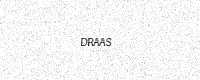
Text: DRAAS